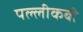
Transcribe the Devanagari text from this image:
पल्लीकबी